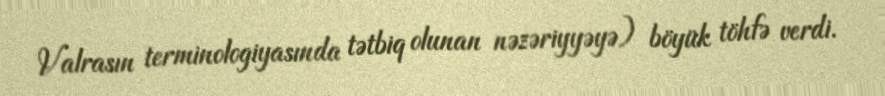
Valrasın terminologiyasında tətbiq olunan nəzəriyyəyə) böyük töhfə verdi.